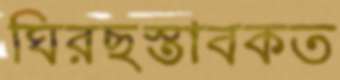
ঘিরছস্তাবকত